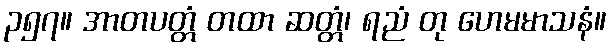
၃၅၇။ အာတပတ္တံ တထာ ဆတ္တံ၊ ရညံ တု ဟေမမာသနံ။